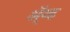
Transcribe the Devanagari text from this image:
ॲ्न्ड